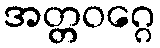
အတ္တဝဂ္ဂေ